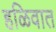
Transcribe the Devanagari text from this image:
हळिवात